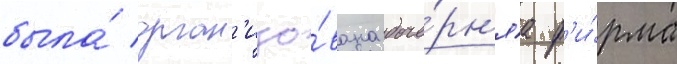
была́ орган'изо́вана доче́рн'яа ф'и́рма